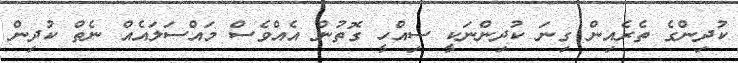
ކުދިންގެ ތެރެއިން ގިނަ ކުދިންނަކީ ސިއްހީ ގޮތުން އެއްވެސް މައްސަލައެއް ނެތް ކުދިން